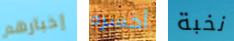
إخبارهم أخسره نخبة